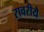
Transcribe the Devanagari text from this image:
रावरीयै